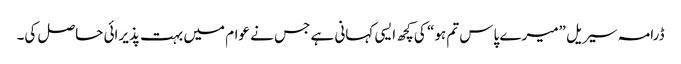
ڈرامہ سیریل ”میرے پاس تم ہو“ کی کچھ ایسی کہانی ہے جس نے عوام میں بہت پذیرائی حاصل کی۔